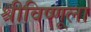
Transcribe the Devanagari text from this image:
श्रीविष्णूला